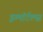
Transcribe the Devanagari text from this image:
इम्मॉर्टल्स